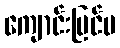
ကျောင်းပြင်ပ